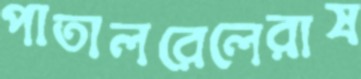
পাতালরেলেরাষ